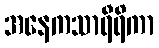
အနေကသာရီရိကာ